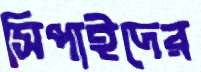
সিপাইদের